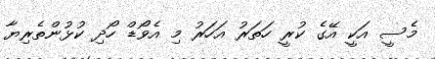
މެސީ އަކީ އޭގެ ކުރީ ހަތަރު އަހަރު މި އެވޯޑް ހޯދި ކުޅުންތެރިޔާ